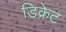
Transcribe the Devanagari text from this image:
डिक्रेट